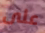
على